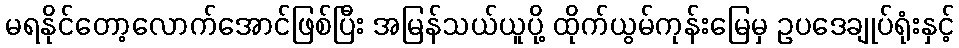
မရနိုင်တော့လောက်အောင်ဖြစ်ပြီး အမြန်သယ်ယူပို့ ထိုက်ယွမ်ကုန်းမြေမှ ဥပဒေချုပ်ရုံးနှင့်